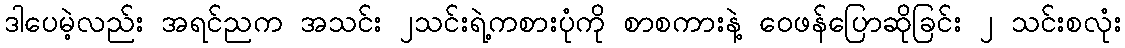
ဒါပေမဲ့လည်း အရင်ညက အသင်း ၂သင်းရဲ့ကစားပုံကို စာစကားနဲ့ ဝေဖန်ပြောဆိုခြင်း ၂ သင်းစလုံး